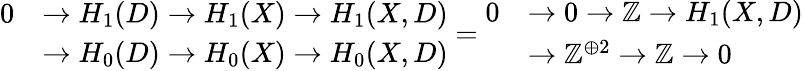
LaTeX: {\begin{array}{rl}{0}&{\to H_{1}(D)\to H_{1}(X)\to H_{1}(X,D)}\\ &{\to H_{0}(D)\to H_{0}(X)\to H_{0}(X,D)}\end{array}}={\begin{array}{rl}{0}&{\to 0\to\mathbb{Z}\to H_{1}(X,D)}\\ &{\to\mathbb{Z}^{\oplus 2}\to\mathbb{Z}\to 0}\end{array}}